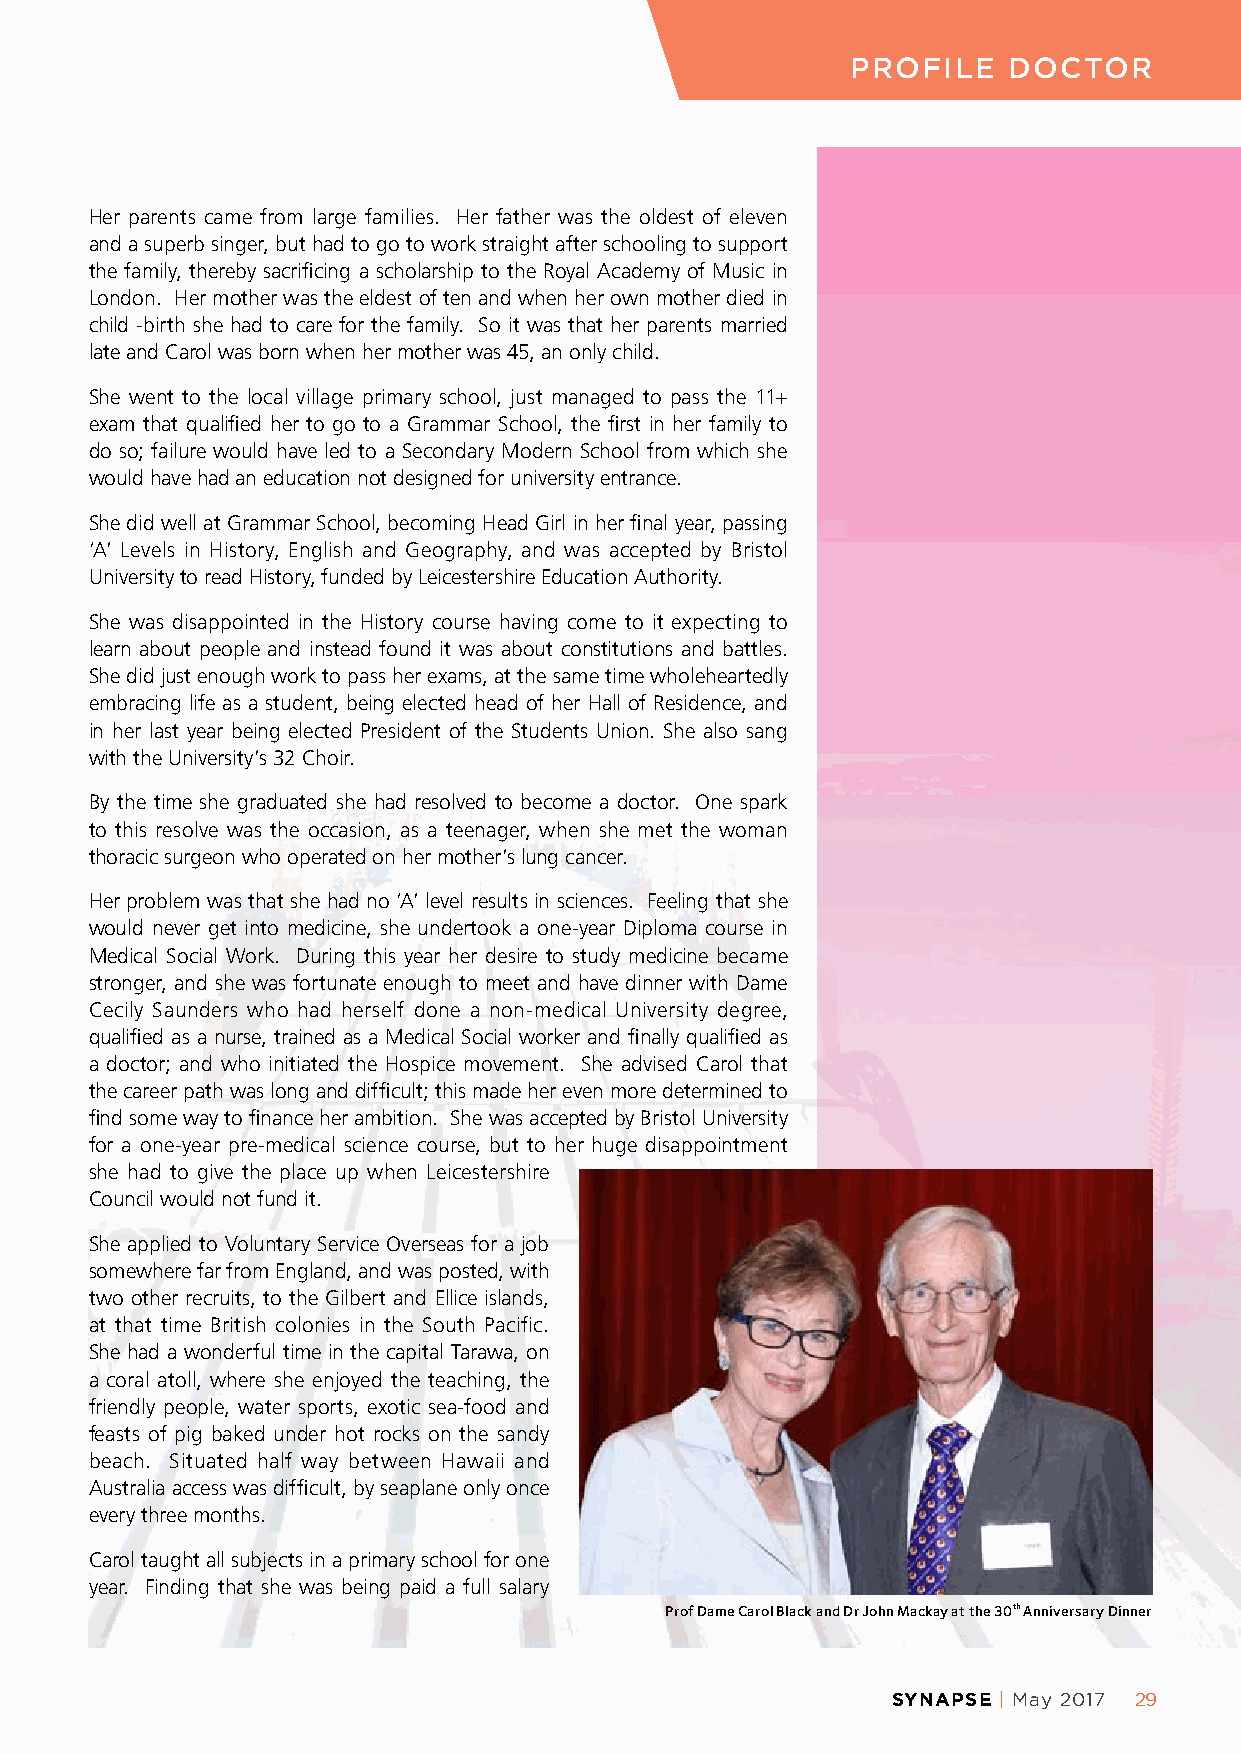
PROFILE    DOCTOR
 Her parents came from large families. Her father was the oldest of eleven
 and a superb singer, but had to go to work straight after schooling to support
 the family, thereby sacrificing a scholarship to the Royal Academy of Music in
 London. Her mother was the eldest of ten and when her own mother died in
 child -birth she had to care for the family. So it was that her parents married
 late and Carol was born when her mother was 45, an only child.
 She went to the local village primary school, just managed to pass the 11+
 exam that qualified her to go to a Grammar School, the first in her family to
 do so; failure would have led to a Secondary Modern School from which she
 would have had an education not designed for university entrance.
 She did well at Grammar School, becoming Head Girl in her final year, passing
 ‘A’ Levels in History, English and Geography, and was accepted by Bristol
 University to read History, funded by Leicestershire Education Authority.
 She was disappointed in the History course having come to it expecting to
 learn about people and instead found it was about constitutions and battles.
 She did just enough work to pass her exams, at the same time wholeheartedly
 embracing life as a student, being elected head of her Hall of Residence, and
 in her last year being elected President of the Students Union. She also sang
 with the University’s 32 Choir.
 By the time she graduated she had resolved to become a doctor. One spark
 to this resolve was the occasion, as a teenager, when she met the woman
 thoracic surgeon who operated on her mother’s lung cancer.
 Her problem was that she had no ‘A’ level results in sciences. Feeling that she
 would never get into medicine, she undertook a one-year Diploma course in
 Medical Social Work. During this year her desire to study medicine became
 stronger, and she was fortunate enough to meet and have dinner with Dame
 Cecily Saunders who had herself done a non-medical University degree,
 qualified as a nurse, trained as a Medical Social worker and finally qualified as
 a doctor; and who initiated the Hospice movement. She advised Carol that
 the career path was long and difficult; this made her even more determined to
 find some way to finance her ambition. She was accepted by Bristol University
 for a one-year pre-medical science course, but to her huge disappointment
 she had to give the place up when Leicestershire
 Council would not fund it.
 She applied to Voluntary Service Overseas for a job
 somewhere far from England, and was posted, with
 two other recruits, to the Gilbert and Ellice islands,
 at that time British colonies in the South Pacific.
 She had a wonderful time in the capital Tarawa, on
 a coral atoll, where she enjoyed the teaching, the
 friendly people, water sports, exotic sea-food and
 feasts of pig baked under hot rocks on the sandy
 beach. Situated half way between Hawaii and
 Australia access was difficult, by seaplane only once
 every three months.
 Carol taught all subjects in a primary school for one
 year. Finding that she was being paid a full salary
 Prof Dame Carol Black and Dr John Mackay at the 30th Anniversary Dinner
 SYNAPSE | May 2017 29